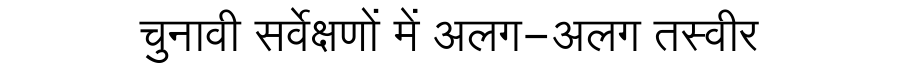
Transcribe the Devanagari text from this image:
चुनावी सर्वेक्षणों में अलग-अलग तस्वीर